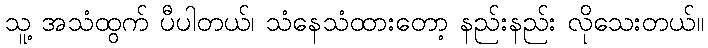
သူ့ အသံထွက် ပီပါတယ်၊ သံနေသံထားတော့ နည်းနည်း လိုသေးတယ်။